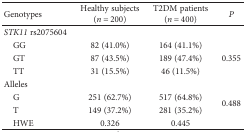
| Genotypes | Healthy subjects (n = 200) | T2DM patients (n = 400) | P |
 | --- | --- | --- | --- |
 | STK11 rs2075604 |  |  |  |
 | GG | 82 (41.0%) | 164 (41.1%) | <ROWSPAN=3> 0.355 |
 | GT | 87 (43.5%) | 189 (47.4%) |
 | TT | 31 (15.5%) | 46 (11.5%) |
 | Alleles |  |  |  |
 | G | 251 (62.7%) | 517 (64.8%) | <ROWSPAN=2> 0.488 |
 | T | 149 (37.2%) | 281 (35.2%) |
 | HWE | 0.326 | 0.445 |  |